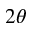
2 \theta